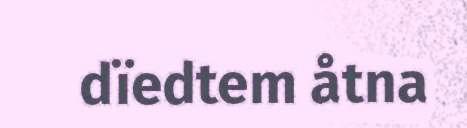
dïedtem åtna